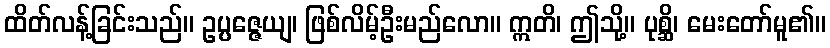
ထိတ်လန့်ခြင်းသည်။ ဥပ္ပဇ္ဇေယျ၊ ဖြစ်လိမ့်ဦးမည်လော။ ဣတိ၊ ဤသို့။ ပုစ္ဆိ၊ မေးတော်မူ၏။